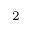
^ { 2 }